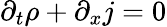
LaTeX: \partial_{t}\rho+\partial_{x}j=0